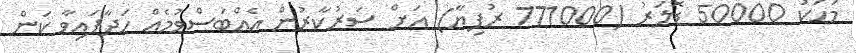
މަހަކު 50000 ޑޮލަރު (771000 ރުފިޔާ) އަށް ސަރުކާރުން އެއްބަސްވުމެއް ހަދާފައިވާ ކަން